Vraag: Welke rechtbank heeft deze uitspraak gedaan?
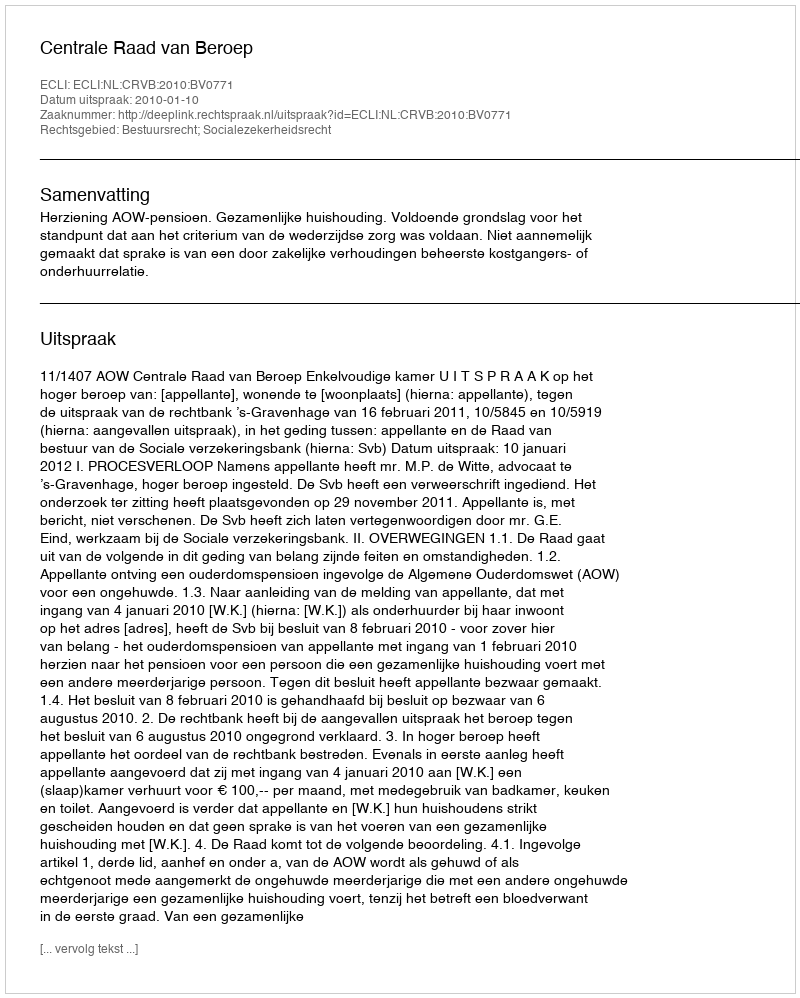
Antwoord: Centrale Raad van Beroep